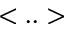
< . . >